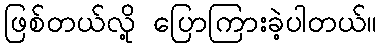
ဖြစ်တယ်လို့ ပြောကြားခဲ့ပါတယ်။